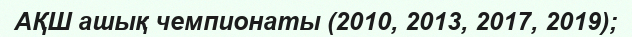
АҚШ ашық чемпионаты (2010, 2013, 2017, 2019);